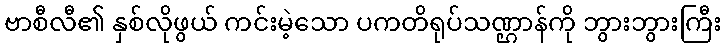
ဗာစီလီ၏ နှစ်လိုဖွယ် ကင်းမဲ့သော ပကတိရုပ်သဏ္ဌာန်ကို ဘွားဘွားကြီး